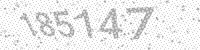
Solution: 185147